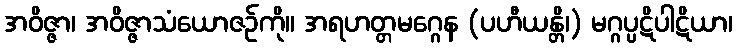
အဝိဇ္ဇာ၊ အဝိဇ္ဇာသံယောဇဉ်ကို။ အရဟတ္တမဂ္ဂေန (ပဟီယန္တိ၊) မဂ္ဂပ္ပဋိပါဋိယာ၊